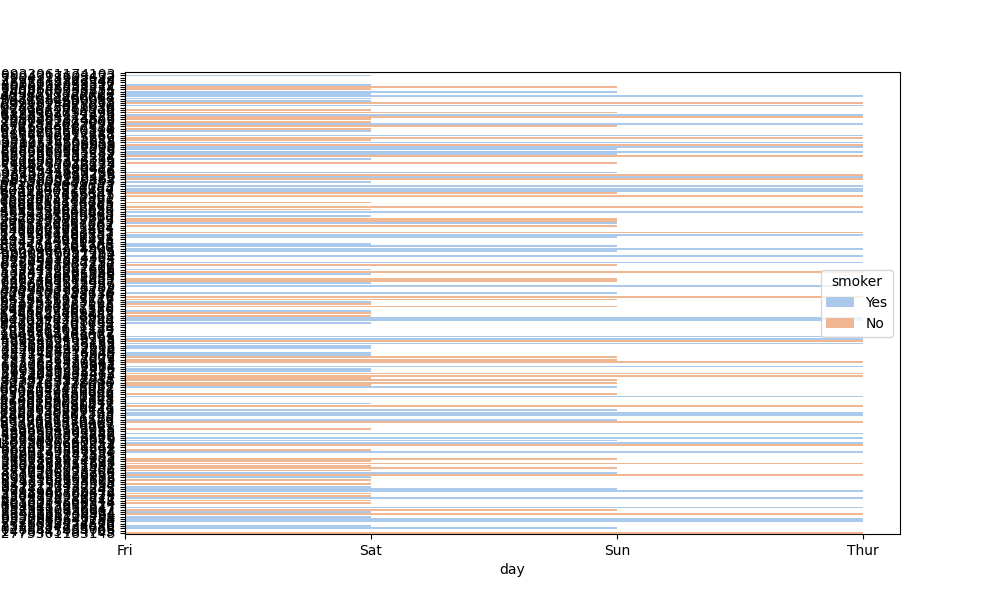
python, seaborn, barplot, hue='smoker', palette='pastel', ci=95, orient='h'